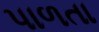
પાળતા